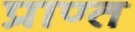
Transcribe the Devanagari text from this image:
प्राण्त